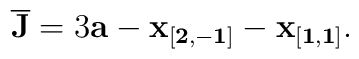
{\bf \overline{J}}=3{\bf a}-{\bf x_{[2,-1]}}-{\bf x_{[1,1]}}.